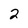
Character: 2